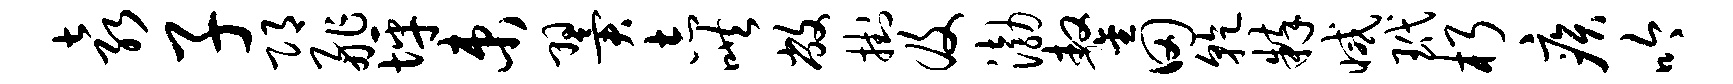
袁子邛舴坪束翼志哄敝挂及渤鏊田干粹减玳朽疾吟